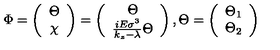
\Phi = \left( \begin{array} { c } { \Theta } \\ { \chi } \\ \end{array} \right) = \left( \begin{array} { c } { \Theta } \\ { \frac { i E \sigma ^ { 3 } } { k _ { z } - \lambda } \Theta } \\ \end{array} \right) , \Theta = \left( \begin{array} { c } { \Theta _ { 1 } } \\ { \Theta _ { 2 } } \\ \end{array} \right)